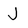
Character: J